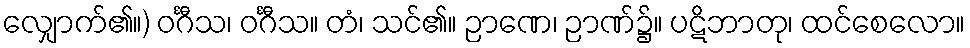
လျှောက်၏။) ဝင်္ဂီသ၊ ဝင်္ဂီသ။ တံ၊ သင်၏။ ဉာဏေ၊ ဉာဏ်၌။ ပဋိဘာတု၊ ထင်စေလော။